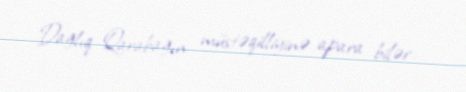
Dağlıq Qarabağın müstəqilliyinə apara bilər.